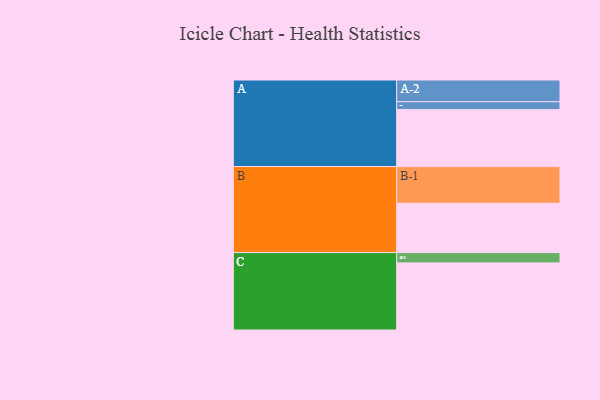
{"axis": {"x": "Segment", "y": "Value"}, "legend": ["", "A", "B", "C"], "data": [{"x": "A", "y": 404, "type": ""}, {"x": "B", "y": 350, "type": ""}, {"x": "C", "y": 476, "type": ""}, {"x": "A-1", "y": 56, "type": "A"}, {"x": "A-2", "y": 154, "type": "A"}, {"x": "B-1", "y": 260, "type": "B"}, {"x": "C-1", "y": 73, "type": "C"}]}